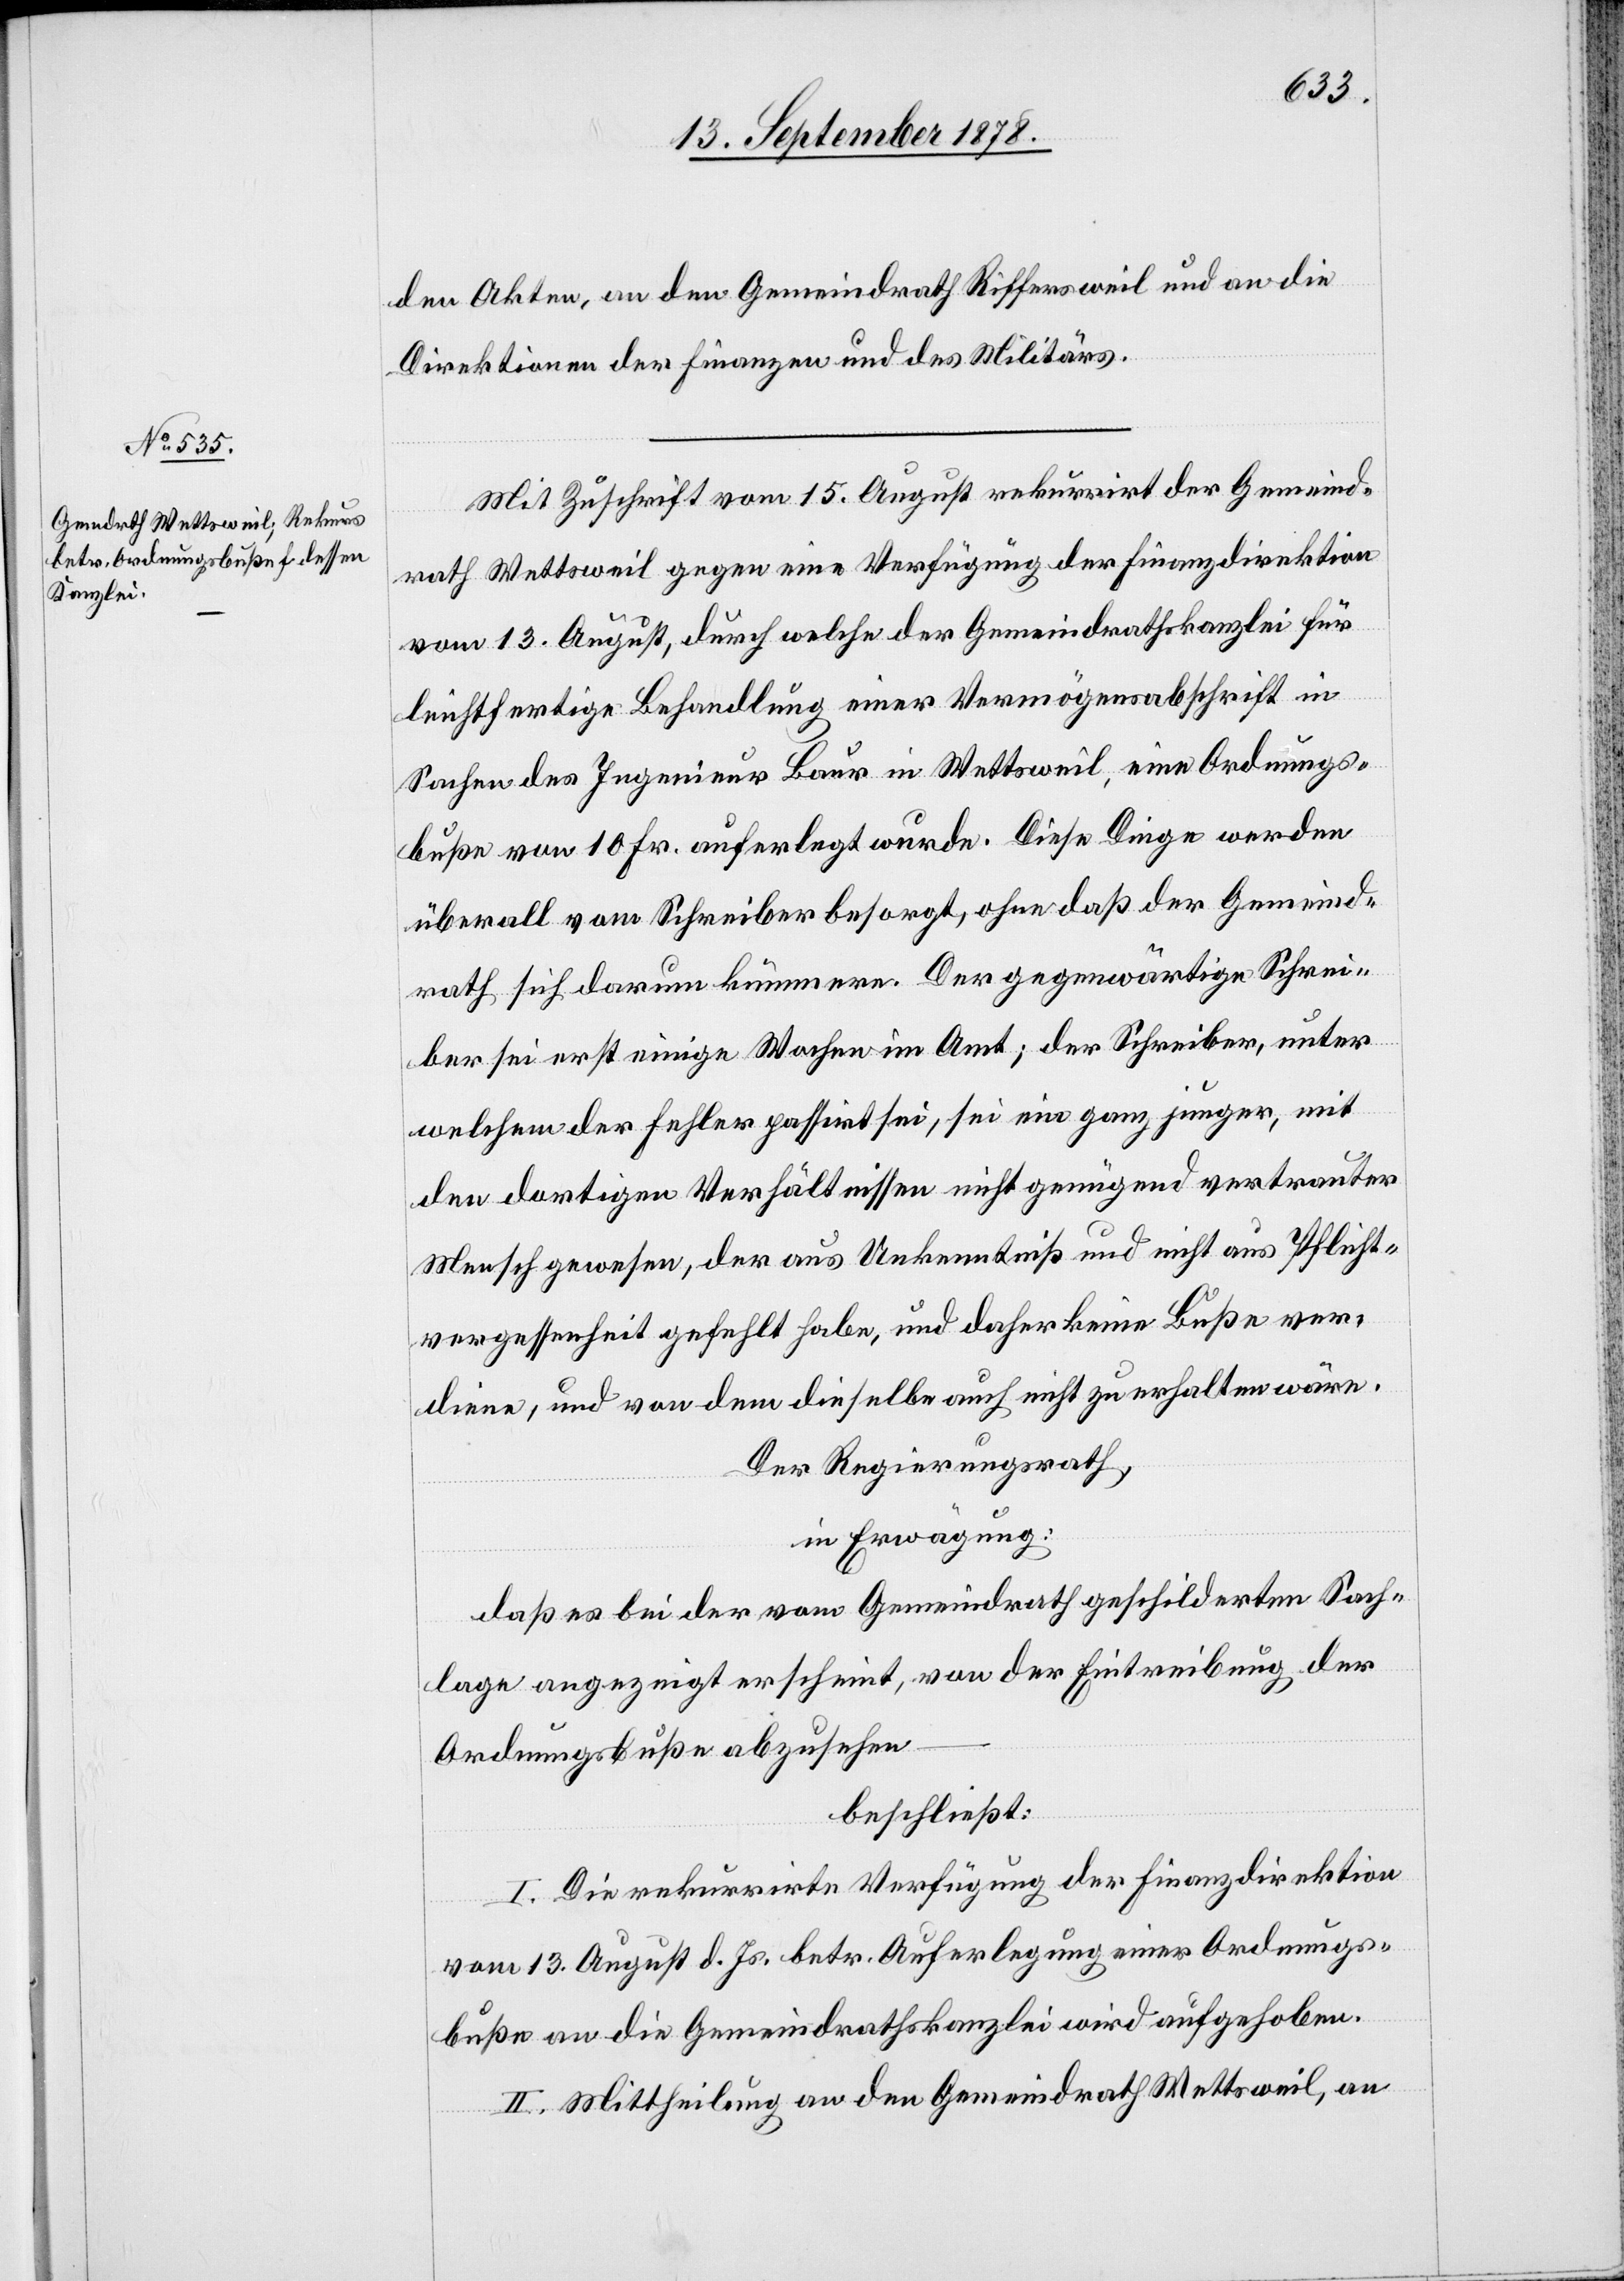
den Akten, an den Gemeindrath Riffersweil und an die
Direktionen der Finanzen und des Militärs.
Mit Zuschrift vom 15. August rekurrirt der Gemeind¬
rath Wettsweil gegen eine Verfügung der Finanzdirektion
vom 13. August, durch welche der Gemeindrathskanzlei für
leichtfertige Behandlung einer Vermögensabschrift in
Sachen des Ingenieur Baur in Wettsweil, eine Ordnungs¬
buße von 10 Fr. auferlegt wurde. Diese Dinge werden
überall vom Schreiber besorgt, ohne daß der Gemeind¬
rath sich darum kümmere. Der gegenwärtige Schrei¬
ber sei erst einige Wochen im Amt; der Schreiber, unter
welchem der Fehler passirt sei, sei ein ganz junger, mit
den dortigen Verhältnissen nicht genügend vertrauter
Mensch gewesen, der aus Unkenntniß und nicht aus Pflicht¬
vergessenheit gefehlt habe, und daher keine Buße ver¬
diene, und von dem dieselben auch nicht zu erhalten wäre.
Der Regierungsrath,
in Erwägung:
daß es bei der vom Gemeindrath geschilderten Sach¬
lage angezeigt erscheint, von der Eintreibung der
Ordnungsbuße abzusehen
beschließt:
I. Die rekurrirte Verfügung der Finanzdirektion
vom 13. August d. Js. betr. Auferlegung einer Ordnungs¬
buße an die Gemeindrathskanzlei wird aufgehoben.
II. Mittheilung an den Gemeindrath Wettsweil, an